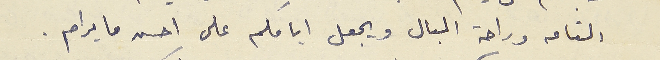
التامه وراحة البال ويجعل ايامكم على احسن ما يرام.